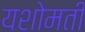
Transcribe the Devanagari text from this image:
यशोमती